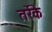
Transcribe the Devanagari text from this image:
तर्रेके